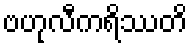
ဗဟုလီကရိဿတိ